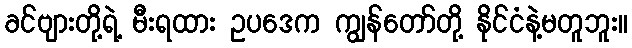
ခင်ဗျားတို့ရဲ့ မီးရထား ဥပဒေက ကျွန်တော်တို့ နိုင်ငံနဲ့မတူဘူး။